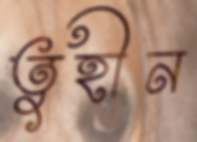
তুহীন